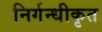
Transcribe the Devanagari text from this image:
निर्गन्धीकृत